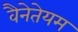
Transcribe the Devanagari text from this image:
वैनेतेयम